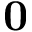
{ \bf 0 }